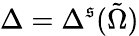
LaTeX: \Delta=\Delta^{\mathfrak{s}}(\tilde{{\Omega}})